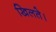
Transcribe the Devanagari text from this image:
खिलते।